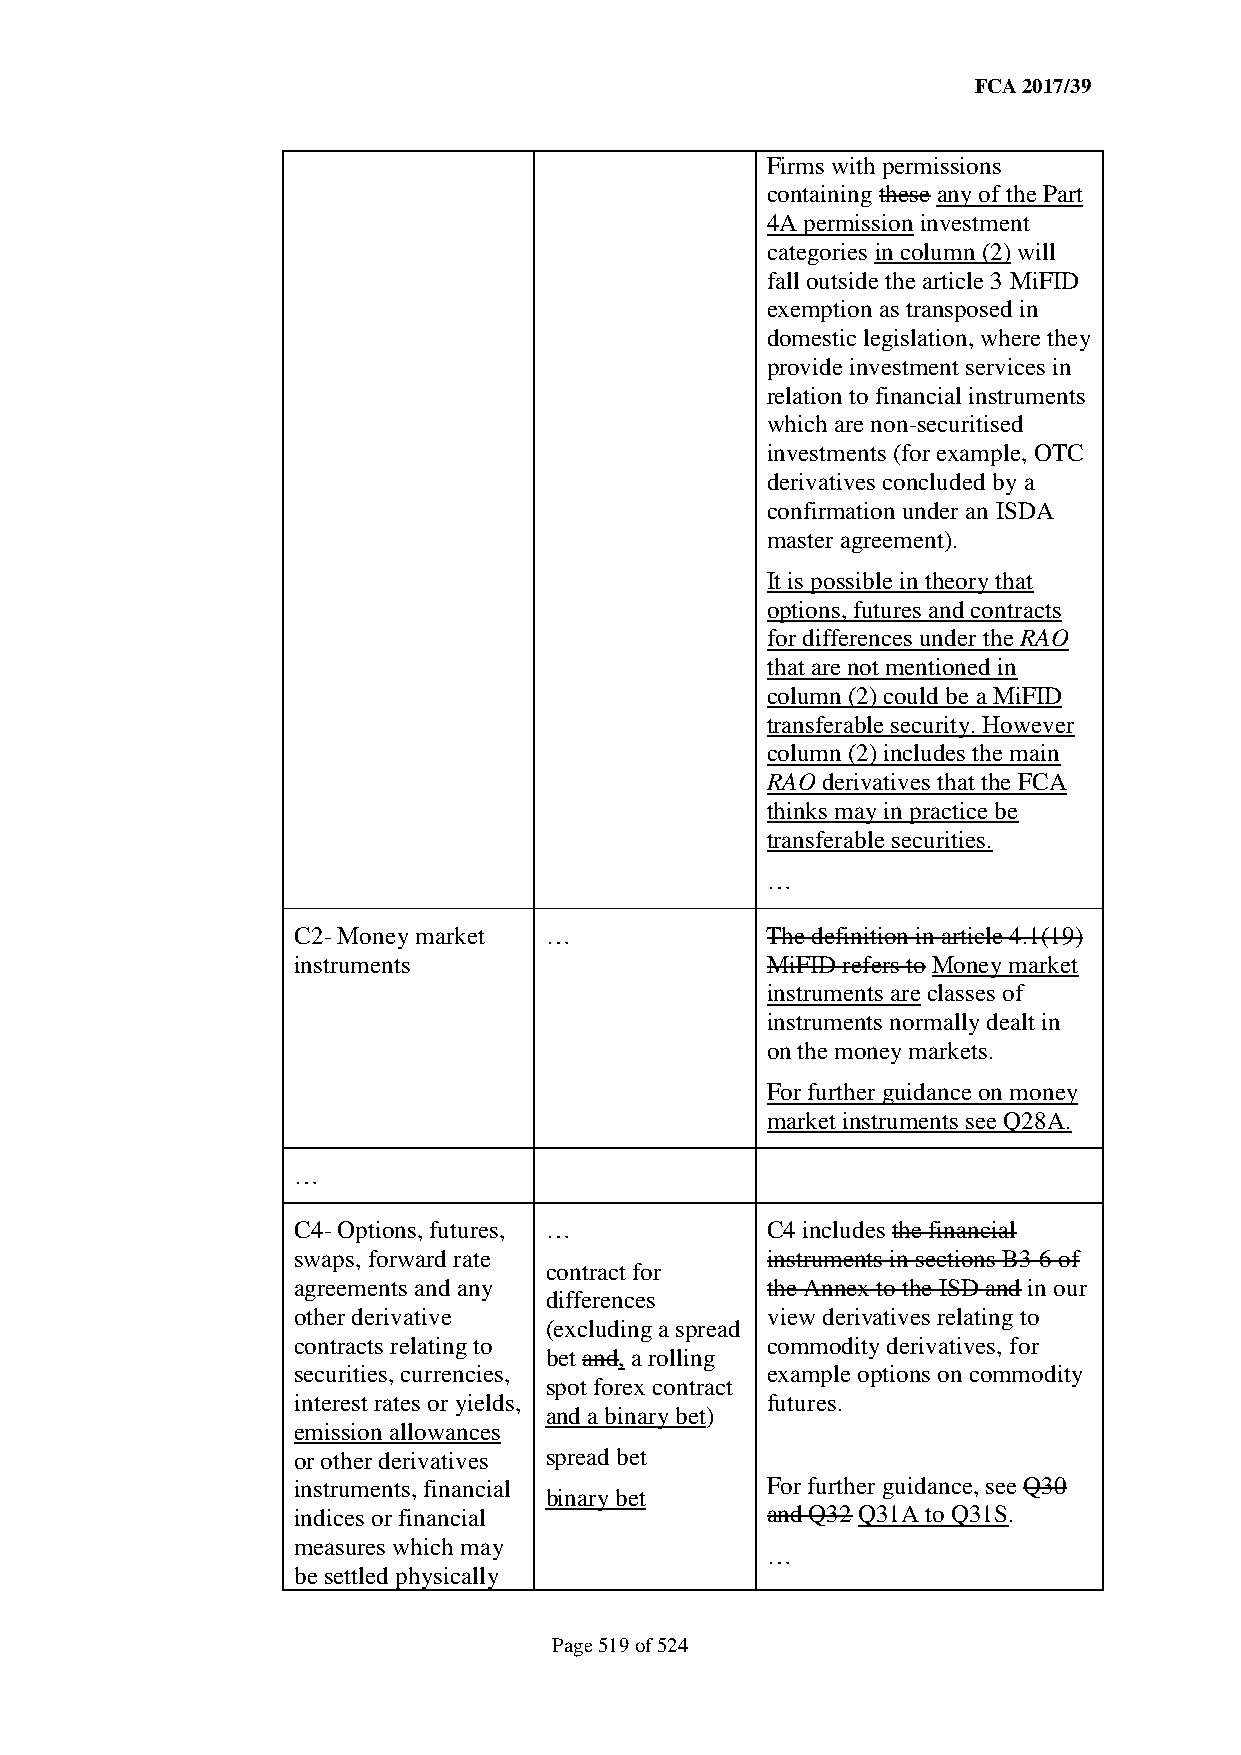
FCA 2017/39
 Firms with permissions
 containing these any of the Part
 4A permission investment
 categories in column (2) will
 fall outside the article 3 MiFID
 exemption as transposed in
 domestic legislation, where they
 provide investment services in
 relation to financial instruments
 which are non-securitised
 investments (for example, OTC
 derivatives concluded by a
 confirmation under an ISDA
 master agreement).
 It is possible in theory that
 options, futures and contracts
 for differences under the RAO
 that are not mentioned in
 column (2) could be a MiFID
 transferable security. However
 column (2) includes the main
 RAO derivatives that the FCA
 thinks may in practice be
 transferable securities.
 …
 C2- Money market …              The definition in article 4.1(19)
 instruments                     MiFID refers to Money market
 instruments are classes of
 instruments normally dealt in
 on the money markets.
 For further guidance on money
 market instruments see Q28A.
 …
 C4- Options, futures, …         C4 includes the financial
 swaps, forward rate             instruments in sections B3-6 of
 contract for
 agreements and any              the Annex to the ISD and in our
 differences
 other derivative                view derivatives relating to
 (excluding a spread
 contracts relating to           commodity derivatives, for
 bet and, a rolling
 securities, currencies,         example options on commodity
 spot forex contract
 interest rates or yields,       futures.
 and a binary bet)
 emission allowances
 or other derivatives spread bet
 instruments, financial          For further guidance, see Q30
 binary bet
 indices or financial            and Q32 Q31A to Q31S.
 measures which may
 …
 be settled physically
 Page 519 of 524